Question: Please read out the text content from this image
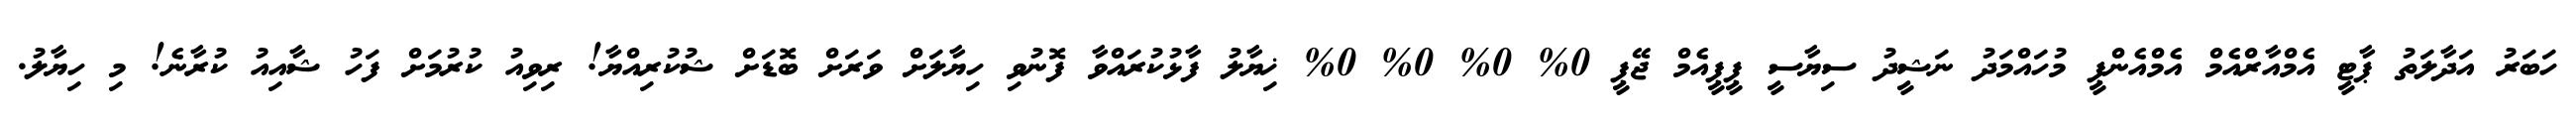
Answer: ހަބަރު އަދާލަތު ޕާޓީ އެމްއާރްއެމް އެމްއެންޕީ މުހައްމަދު ނަޝީދު ސިޔާސީ ޕީޕީއެމް ޖޭޕީ 0% 0% 0% 0% ޚިޔާލު ފާޅުކުރައްވާ ފޮނުވި ހިޔާލަށް ވަރަށް ބޮޑަށް ޝުކުރިއްޔާ! ރިވިއު ކުރުމަށް ފަހު ޝާއިއު ކުރާނެ! މި ހިޔާލު.